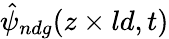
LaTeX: \hat{\psi}_{ndg}(z\times ld,t)